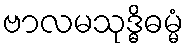
ဗာလမသုဒ္ဓိဓမ္မံ